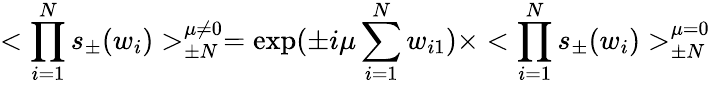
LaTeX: <\prod_{i=1}^{N}s_{\pm}(w_{i})>_{\pm N}^{\mu\ne 0}=\exp(\pm i\mu\sum_{i=1}^{N}w_{i1})\times<\prod_{i=1}^{N}s_{\pm}(w_{i})>_{\pm N}^{\mu=0}